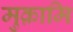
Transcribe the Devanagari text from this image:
मुक़ामि